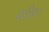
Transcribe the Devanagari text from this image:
बातिस्त